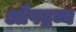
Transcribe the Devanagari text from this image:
औषद्रव्य